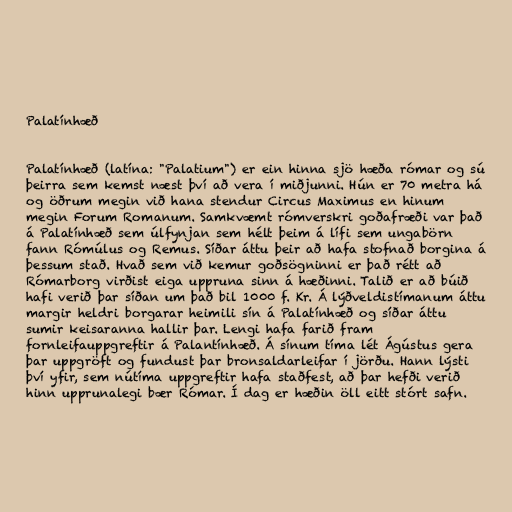
Palatínhæð

Palatínhæð (latína: "Palatium") er ein hinna sjö hæða rómar og sú
þeirra sem kemst næst því að vera í miðjunni. Hún er 70 metra há
og öðrum megin við hana stendur Circus Maximus en hinum
megin Forum Romanum. Samkvæmt rómverskri goðafræði var það
á Palatínhæð sem úlfynjan sem hélt þeim á lífi sem ungabörn
fann Rómúlus og Remus. Síðar áttu þeir að hafa stofnað borgina á
þessum stað. Hvað sem við kemur goðsögninni er það rétt að
Rómarborg virðist eiga uppruna sinn á hæðinni. Talið er að búið
hafi verið þar síðan um það bil 1000 f. Kr. Á lýðveldistímanum áttu
margir heldri borgarar heimili sín á Palatínhæð og síðar áttu
sumir keisaranna hallir þar. Lengi hafa farið fram
fornleifauppgreftir á Palantínhæð. Á sínum tíma lét Ágústus gera
þar uppgröft og fundust þar bronsaldarleifar í jörðu. Hann lýsti
því yfir, sem nútíma uppgreftir hafa staðfest, að þar hefði verið
hinn upprunalegi bær Rómar. Í dag er hæðin öll eitt stórt safn.